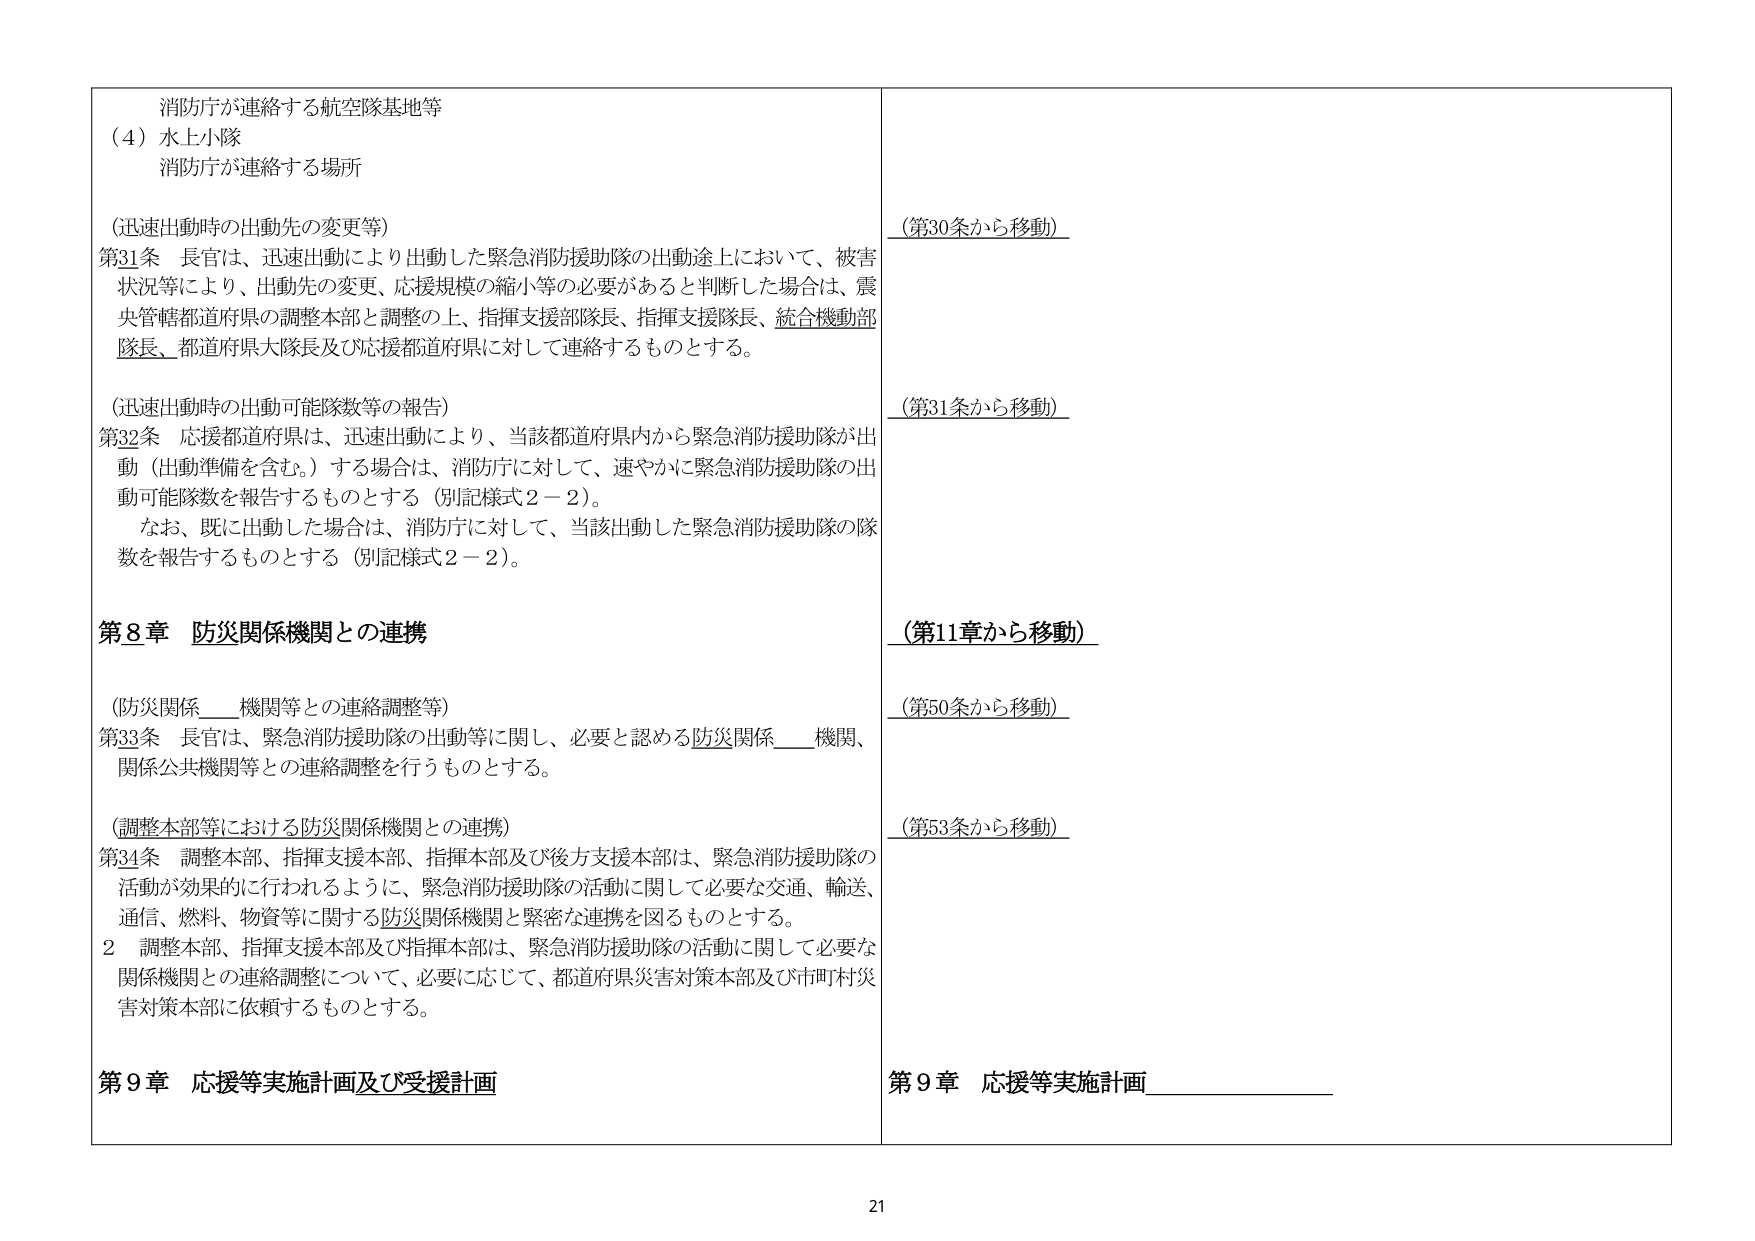
消防庁が連絡する航空隊基地等
（4）水上小隊
消防庁が連絡する場所

（迅速出動時の出動先の変更等）
第31条 長官は、迅速出動により出動した緊急消防援助隊の出動途上において、被害状況等により、出動先の変更、応援規模の縮小等の必要があると判断した場合は、震央管轄都道府県の調整本部と調整の上、指揮支援部隊長、指揮支援隊長、統合機動部隊長、都道府県大隊長及び応援都道府県に対して連絡するものとする。

（迅速出動時の出動可能隊数等の報告）
第32条 応援都道府県は、迅速出動により、当該都道府県内から緊急消防援助隊が出動（出動準備を含む。）する場合は、消防庁に対して、速やかに緊急消防援助隊の出動可能隊数を報告するものとする（別記様式2－2）。
なお、既に出動した場合は、消防庁に対して、当該出動した緊急消防援助隊の隊数を報告するものとする（別記様式2－2）。

第8章 防災関係機関との連携

（防災関係____機関等との連絡調整等）
第33条 長官は、緊急消防援助隊の出動等に関し、必要と認める防災関係____機関、関係公共機関等との連絡調整を行うものとする。

（調整本部等における防災関係機関との連携）
第34条 調整本部、指揮支援本部、指揮本部及び後方支援本部は、緊急消防援助隊の活動が効果的に行われるように、緊急消防援助隊の活動に関して必要な交通、輸送、通信、燃料、物資等に関する防災関係機関と緊密な連携を図るものとする。
2 調整本部、指揮支援本部及び指揮本部は、緊急消防援助隊の活動に関して必要な関係機関との連絡調整について、必要に応じて、都道府県災害対策本部及び市町村災害対策本部に依頼するものとする。

第9章 応援等実施計画及び受援計画

（第30条から移動）
（第31条から移動）
（第11章から移動）
（第50条から移動）
（第53条から移動）
第9章 応援等実施計画__________

21